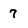
Character: 7